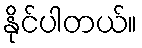
နိုင်ပါတယ်။